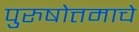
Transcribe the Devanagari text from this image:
पुरुषोत्तमाचे